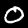
Digit: 0